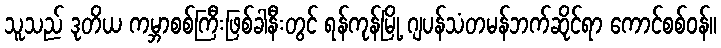
သူသည် ဒုတိယ ကမ္ဘာစစ်ကြီးဖြစ်ခါနီးတွင် ရန်ကုန်မြို့ ဂျပန်သံတမန်ဘက်ဆိုင်ရာ ကောင်စစ်ဝန်။